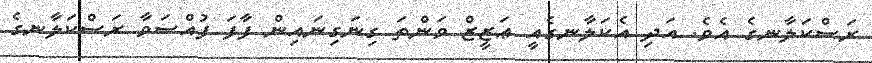
ރަސްކަލާނގެ އެވެ. އަދި އެކަލާނގެއީ ޢަޒީޒް ވަންތަ ގިނަގިނައިން ފާފަ ފުއްސަވާ ރަސްކަލާނގެ